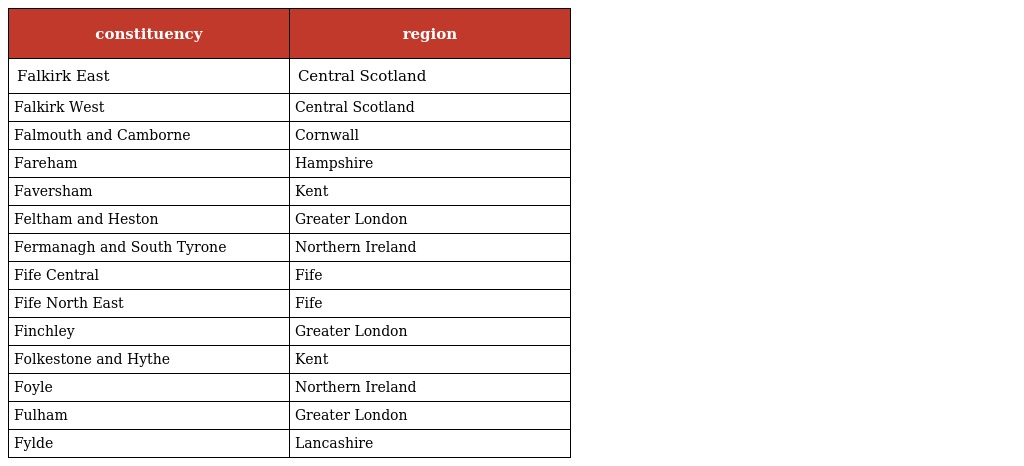
| constituency | region |
 | --- | --- |
 | Falkirk East | Central Scotland |
 | Falkirk West | Central Scotland |
 | Falmouth and Camborne | Cornwall |
 | Fareham | Hampshire |
 | Faversham | Kent |
 | Feltham and Heston | Greater London |
 | Fermanagh and South Tyrone | Northern Ireland |
 | Fife Central | Fife |
 | Fife North East | Fife |
 | Finchley | Greater London |
 | Folkestone and Hythe | Kent |
 | Foyle | Northern Ireland |
 | Fulham | Greater London |
 | Fylde | Lancashire |